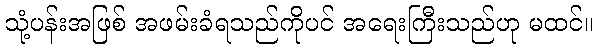
သုံ့ပန်းအဖြစ် အဖမ်းခံရသည်ကိုပင် အရေးကြီးသည်ဟု မထင်။